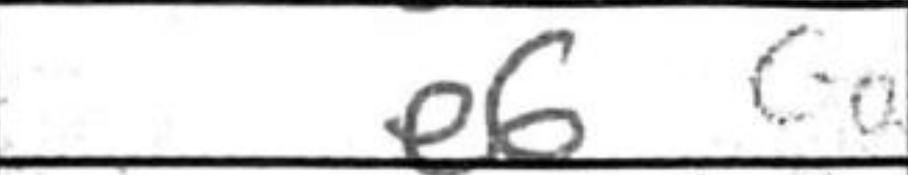
Transcription: e6